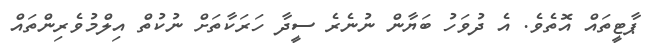
ޕާޓީތައް އޮތެވެ. އެ ދުވަހު ބަޔާން ނުނެރެ ސީދާ ހަރަކާތަށް ނުކުތް އިލްމުވެރިންތައް